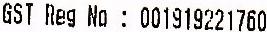
GST REG NO : 001919221760